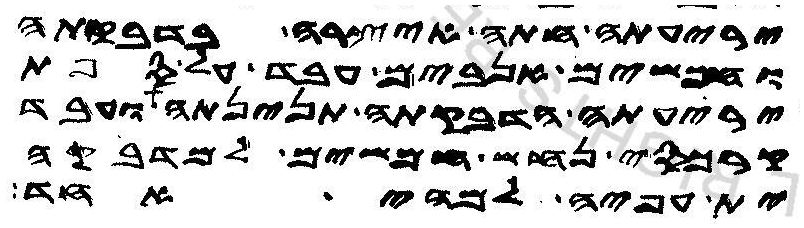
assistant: יריעתה חתה איצרה בדבקתה
וחמשים אנבים עבד על ספת
יריעתה הדבקתה תנינתה ועבד
קרכסי נחש חמשים למדבקה
ית עפיה למהי אחד